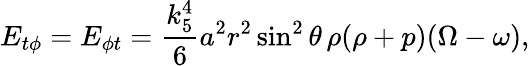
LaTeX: E_{t\phi}=E_{\phi t}=\frac{k_{5}^{4}}6a^{2}r^{2}\sin^{2}\theta\, \rho(\rho+p)(\Omega-\omega),